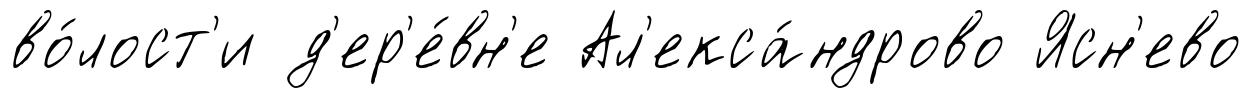
во́лост'и д'ер'е́вн'е Ал'екса́ндрово Ясн'ево